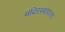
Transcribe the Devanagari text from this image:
मंदिरस्थापत्य